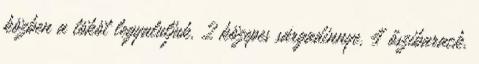
közben a tököt legyaluljuk. 2 közepes sárgadinnye, 4 őszibarack,